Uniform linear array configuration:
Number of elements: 12
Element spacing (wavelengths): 0.25
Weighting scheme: exponential
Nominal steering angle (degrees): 15
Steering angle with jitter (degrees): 14.846
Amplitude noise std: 0.05
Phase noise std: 0.05

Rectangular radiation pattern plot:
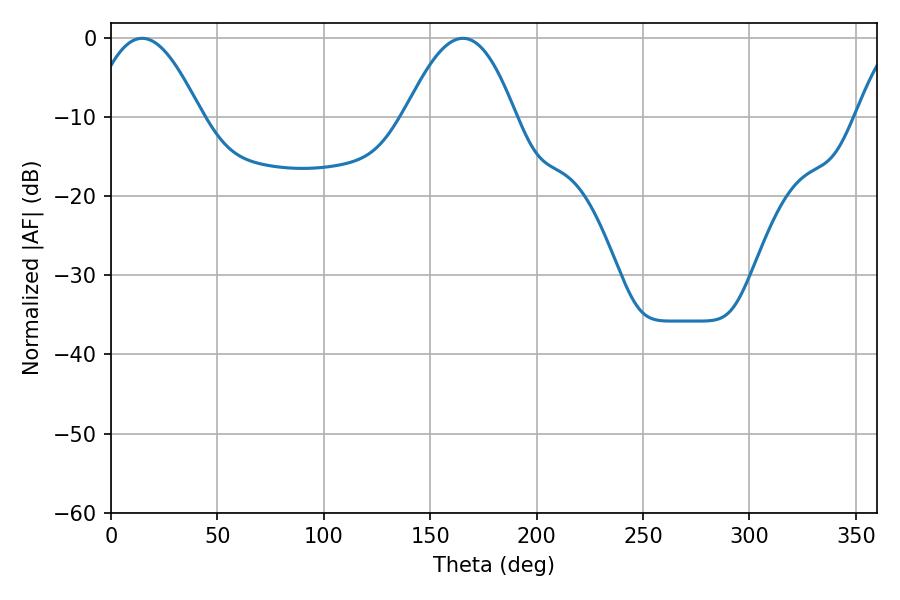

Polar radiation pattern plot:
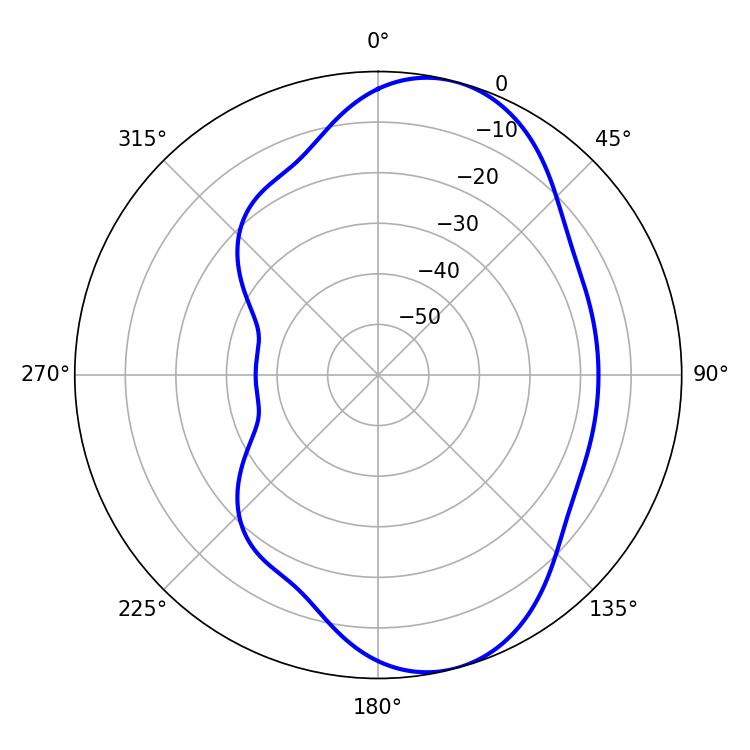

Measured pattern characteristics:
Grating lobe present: FALSE
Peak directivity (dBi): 8.095
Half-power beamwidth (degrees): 28.26
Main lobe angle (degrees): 14.58